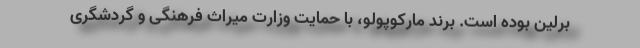
برلین بوده است. برند مارکوپولو، با حمایت وزارت میراث فرهنگی و گردشگری